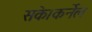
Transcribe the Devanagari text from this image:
सके।कर्नेल